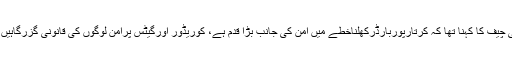
آرمی چیف کا کہنا تھا کہ کرتارپوربارڈرکھلناخطے میں امن کی جانب بڑا قدم ہے، کوریڈور اورگیٹس پُرامن لوگوں کی قانونی گزرگاہیں ہیں۔